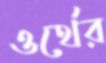
ওর্থের